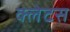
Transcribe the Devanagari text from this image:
क्लेटस